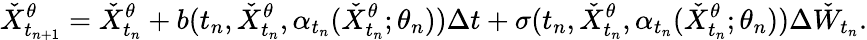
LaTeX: \check{X}_{t_{n+1}}^{\theta}=\check{X}_{t_{n}}^{\theta}+b(t_{n},\check{X}_{t_{n}}^{\theta},\alpha_{t_{n}}(\check{X}_{t_{n}}^{\theta};\theta_{n}))\Delta t+\sigma(t_{n},\check{X}_{t_{n}}^{\theta},\alpha_{t_{n}}(\check{X}_{t_{n}}^{\theta};\theta_{n}))\Delta\check{W}_{t_{n}}.